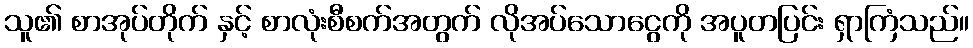
သူ၏ စာအုပ်တိုက် နှင့် စာလုံးစီစက်အတွက် လိုအပ်သောငွေကို အပူတပြင်း ရှာကြံသည်။